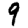
Digit: 9